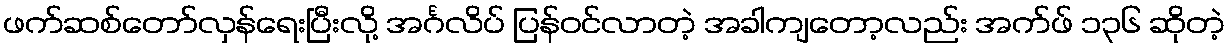
ဖက်ဆစ်တော်လှန်ရေးပြီးလို့ အင်္ဂလိပ် ပြန်ဝင်လာတဲ့ အခါကျတော့လည်း အက်ဖ် ၁၃၆ ဆိုတဲ့